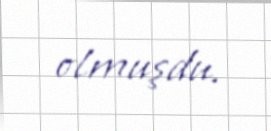
olmuşdu.